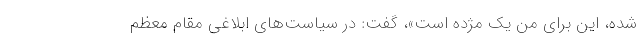
شده، این برای من یک مژده است»، گفت: در سیاست‌های ابلاغی مقام معظم